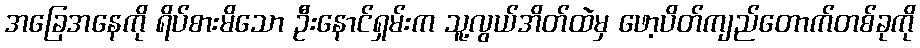
အခြေအနေကို ရိပ်စားမိသော ဦးနောင်ရှမ်းက သူ့လွယ်အိတ်ထဲမှ ဖော့ပိတ်ကျည်တောက်တစ်ခုကို